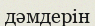
дәмдерін